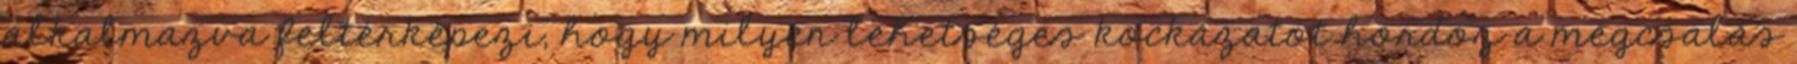
alkalmazva feltérképezi, hogy milyen lehetséges kockázatot hordoz a megcsalás